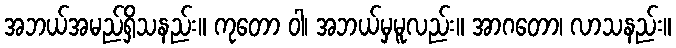
အဘယ်အမည်ရှိသနည်း။ ကုတော ဝါ၊ အဘယ်မှမူလည်း။ အာဂတော၊ လာသနည်း။